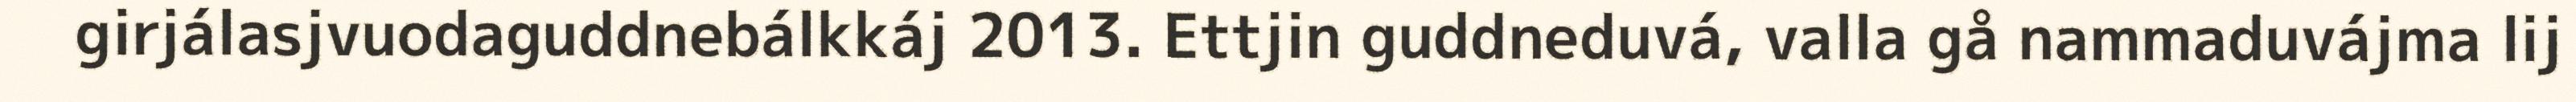
girjálasjvuodaguddnebálkkáj 2013. Ettjin guddneduvá, valla gå nammaduvájma lij